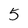
Character: 5